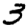
Digit: 3